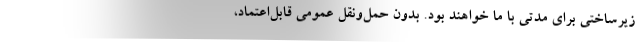
زیرساختی برای مدتی با ما خواهند بود. بدون حمل‌ونقل عمومی قابل‌اعتماد،